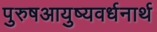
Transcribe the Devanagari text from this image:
पुरुषआयुष्यवर्धनार्थ